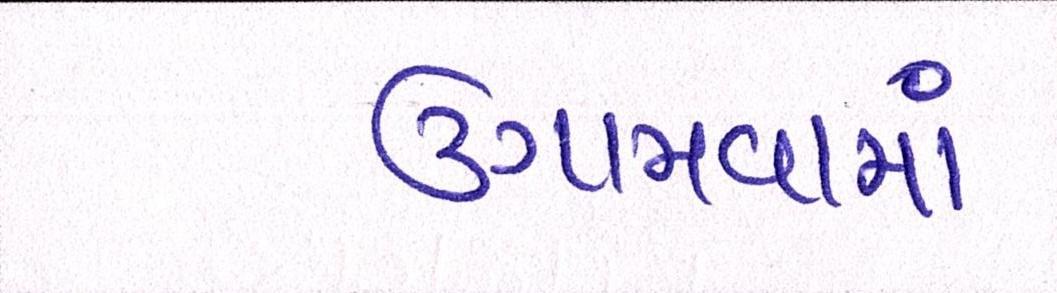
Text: ઉગામવામાં